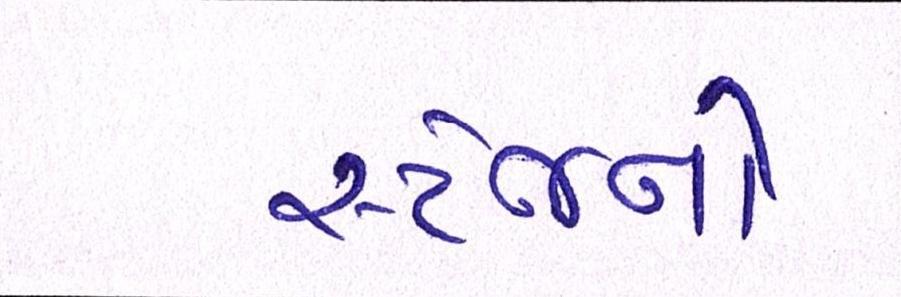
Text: સ્ટેજની